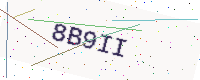
Text: 8B9II